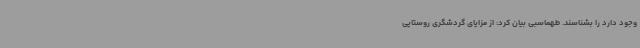
وجود دارد را بشناسند. طهماسبی بیان کرد: از مزایای گردشگری روستایی